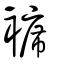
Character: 褯